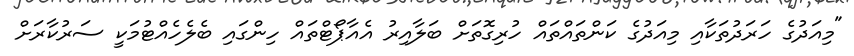
"މިއަދުގެ ހަރަދުތަކާއި މިއަދުގެ ކަންތައްތައް ހުރިގޮތަށް ބަލާއިރު އެއާޕޯޓްތައް ހިންގައި ބެލެހެއްޓުމަކީ ސަރުކާރަށް